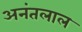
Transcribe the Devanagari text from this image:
अनंतलाल